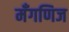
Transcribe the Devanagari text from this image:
मँगणिज